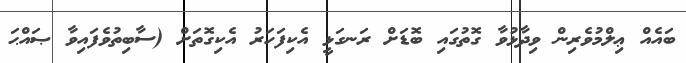
ބައެއް ޢިލްމުވެރިން ވިދާޅުވާ ގޮތުގައި ބޮޑަށް ރަނގަޅީ އެކިފަހަރު އެކިގޮތަށް (ސާބިތުވެފައިވާ ޞައްޙަ